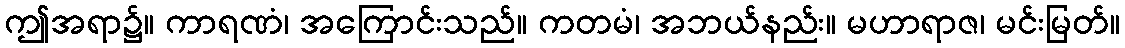
ဤအရာ၌။ ကာရဏံ၊ အကြောင်းသည်။ ကတမံ၊ အဘယ်နည်း။ မဟာရာဇ၊ မင်းမြတ်။